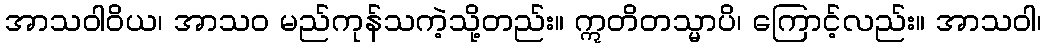
အာသဝါဝိယ၊ အာသဝ မည်ကုန်သကဲ့သို့တည်း။ ဣတိတသ္မာပိ၊ ကြောင့်လည်း။ အာသဝါ၊